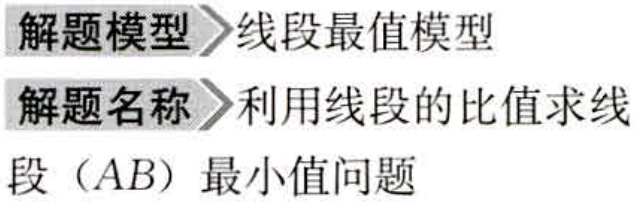
解题模型 线段最值模型

解题名称 利用线段的比值求线段（AB）最小值问题